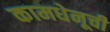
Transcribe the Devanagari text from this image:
कामधेनूची